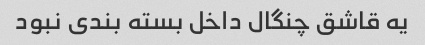
یه قاشق چنگال داخل بسته بندی نبود